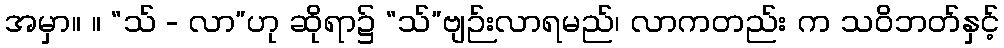
အမှာ။ ။ “သ် - လာ”ဟု ဆိုရာ၌ “သ်”ဗျဉ်းလာရမည်၊ လာကတည်း က သဝိဘတ်နှင့်